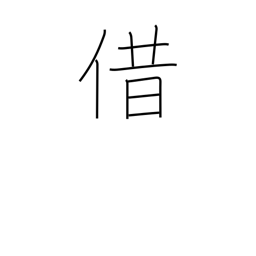
Meaning: borrow